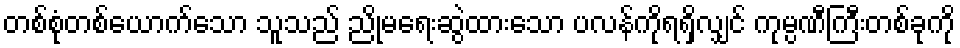
တစ်စုံတစ်ယောက်သော သူသည် ညိုမရေးဆွဲထားသော ပလန်ကိုရရှိလျှင် ကုမ္ပဏီကြီးတစ်ခုကို